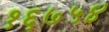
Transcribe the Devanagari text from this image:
१६७५४